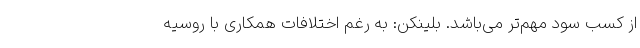
از کسب سود مهم‌تر می‌باشد. بلینکن: به رغم اختلافات همکاری با روسیه